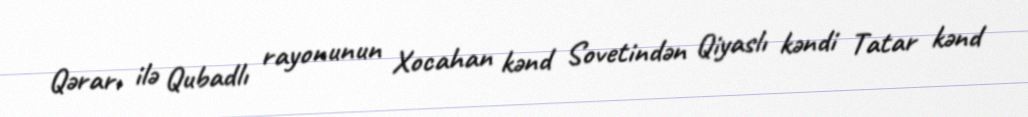
Qərarı ilə Qubadlı rayonunun Xocahan kənd Sovetindən Qiyaslı kəndi Tatar kənd